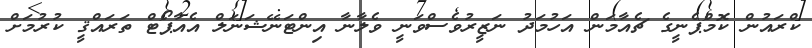
ކްރައުން ކޮމްޕެނީގެ ޗެއާމަން އަހުމަދު ނަޒީރުވެސްވަނީ ވެލާނާ އިންޓަނޭޝަނަލް އެއާޕޯޓް ތަރައްޤީ ކުރުމަށް